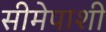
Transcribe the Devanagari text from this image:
सीमेपाशी